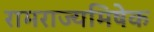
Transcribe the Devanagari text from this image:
रामराज्यमिषेक